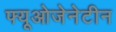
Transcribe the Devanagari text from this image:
फ्यूओजेनेटीन